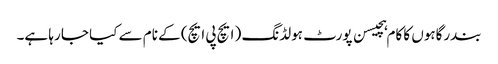
بندرگاہوں کا کام ہچیسن پورٹ ہولڈنگ ( ایچ پی ایچ) کے نام سے کیا جا رہا ہے۔